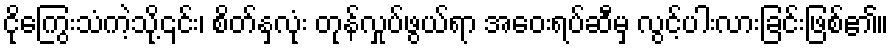
ငိုကြွေးသံကဲ့သို့၎င်း၊ စိတ်နှလုံး တုန်လှုပ်ဖွယ်ရာ အဝေးရပ်ဆီမှ လွင့်ပါးလားခြင်းဖြစ်၏။